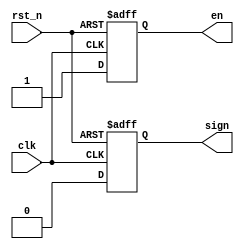
module count(
    //mudule clock
    input                   clk  ,      // 
    input                   rst_n,      // 
    
    //user interface
  //  output   reg [ 5:0]     point,    // ,
    output   reg            en   ,      // 
    output   reg            sign        // 
);

//*****************************************************
//**                    main code
//*****************************************************

always @ (posedge clk or negedge rst_n) begin
    if (!rst_n)begin
       // point <=6'b000000;
        en    <= 1'b0;
        sign  <= 1'b0;
    end 
    else begin
       // point <= 6'b001000;           //
        en    <= 1'b1;                  //
        sign  <= 1'b0;                  //
    end 
end 

endmodule